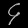
Digit: ၄